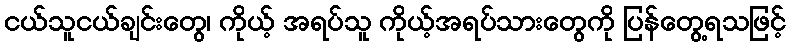
ငယ်သူငယ်ချင်းတွေ၊ ကိုယ့် အရပ်သူ ကိုယ့်အရပ်သားတွေကို ပြန်တွေ့ရသဖြင့်